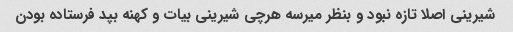
شیرینی اصلا تازه نبود و بنظر میرسه هرچی شیرینی بیات و کهنه بپد فرستاده بودن